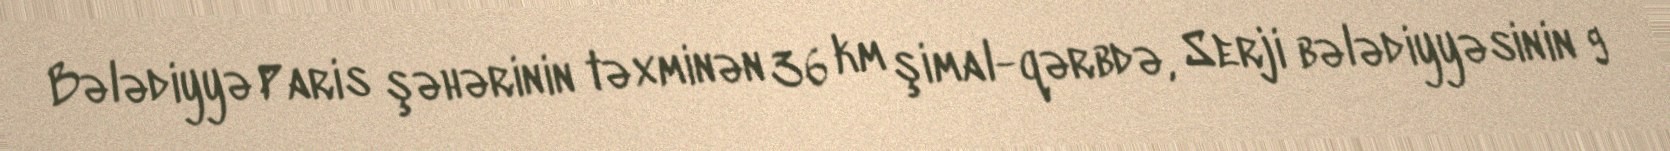
Bələdiyyə Paris şəhərinin təxminən 36 km şimal-qərbdə, Serji bələdiyyəsinin 9